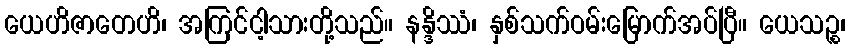
ယေဟိဇာတေဟိ၊ အကြင်ငါ့သားတို့သည်။ နန္ဒိဿံ၊ နှစ်သက်ဝမ်းမြောက်အပ်ပြီ။ ယေသဉ္စ၊